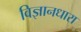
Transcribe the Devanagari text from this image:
विज्ञानधारा